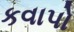
કવાપો